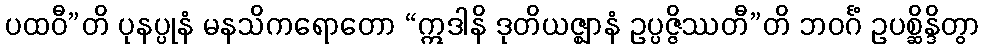
ပထဝီ”တိ ပုနပ္ပုနံ မနသိကရောတော “ဣဒါနိ ဒုတိယဇ္ဈာနံ ဥပ္ပဇ္ဇိဿတီ”တိ ဘဝင်္ဂံ ဥပစ္ဆိန္ဒိတွာ